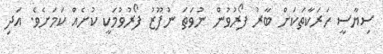
ސިޔާސީ ހަރަކާތަކަށް ބާރު ފޯރުވުން ނުވަތަ ނުފޫޒު ފޯރުވުމަކީ ކުށެެއް ކަމަށެވެ. އަދި